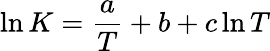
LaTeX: \ln K={\frac{a}{T}}+b+c\ln T